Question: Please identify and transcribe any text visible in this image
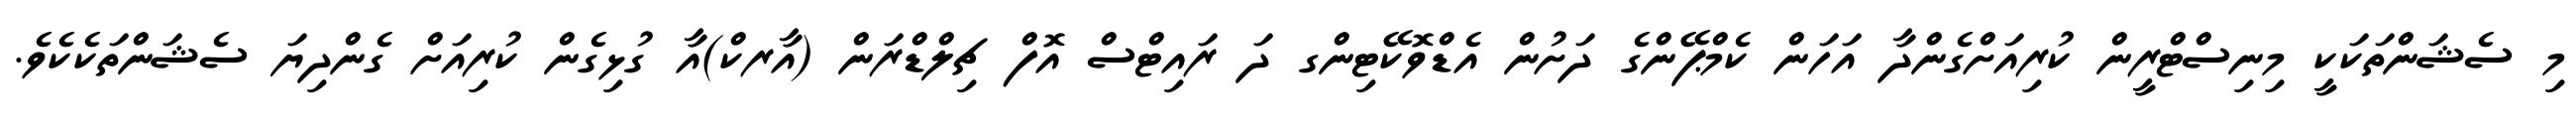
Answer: މި ސެޝަންތަކަކީ މިނިސްޓްރީން ކުރިއަށްގެންދާ އަހަން ކެމްޕޭންގެ ދަށުން އެޑްވޮކޭޓިންގ ދަ ރައިޓްސް އޮފް ޗިލްޑްރަން (އާރކް)އާ ގުޅިގެން ކުރިއަށް ގެންދިޔަ ސެޝަންތަކެކެވެ.